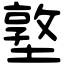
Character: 墪